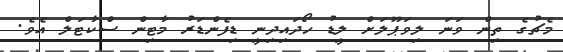
މެޗުގެ ތިން ވަނަ ލިވަޕޫލަށް ލީޑު ހޯދައިދިނީ ޑިފެންޑަރު މާޓިން ސްކާޓަލް އެވެ.